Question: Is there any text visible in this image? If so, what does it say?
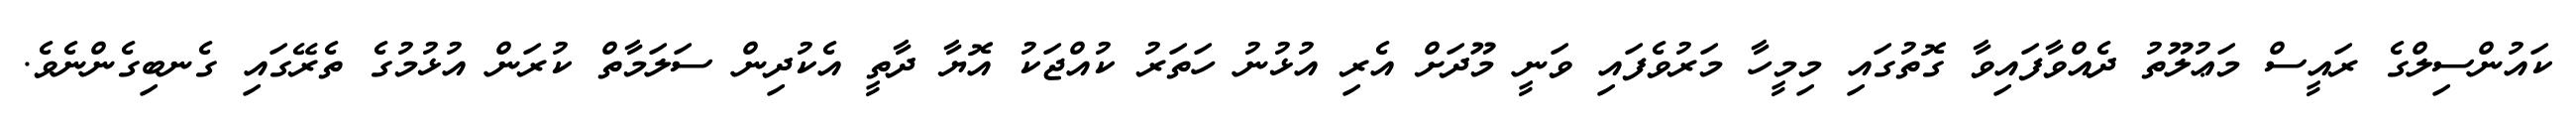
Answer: ކައުންސިލްގެ ރައީސް މަޢުލޫތު ދެއްވާފައިވާ ގޮތުގައި މިމީހާ މަރުވެފައި ވަނީ މޫދަށް އެރި އުޅުނު ހަތަރު ކުއްޖަކު އޮޔާ ދާތީ އެކުދިން ސަލަމާތް ކުރަން އުޅުމުގެ ތެރޭގައި ގެނބިގެންނެވެ.